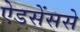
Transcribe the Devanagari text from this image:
ऐडसेंससे